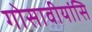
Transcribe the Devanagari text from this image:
गोसावीयांसि